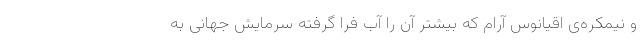
و نیمکره‌ی اقیانوس آرام که بیشتر آن را آب فرا گرفته سرمایش جهانی به